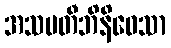
အသပတီဘိနိဝေသာ